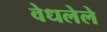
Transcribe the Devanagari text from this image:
वेधलेले